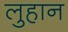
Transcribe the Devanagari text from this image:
लुहान